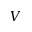
V